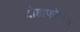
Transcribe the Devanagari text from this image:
वोडाफोनने